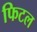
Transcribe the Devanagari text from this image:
फिटल